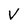
Character: V